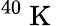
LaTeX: {}^{40}\mathrm{~K~}